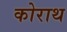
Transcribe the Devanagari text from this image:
कोराथ